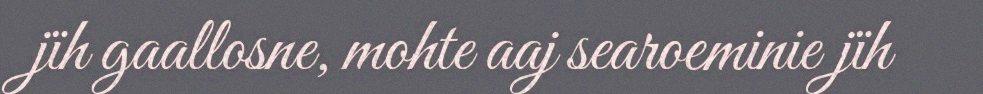
jïh gaallosne, mohte aaj searoeminie jïh